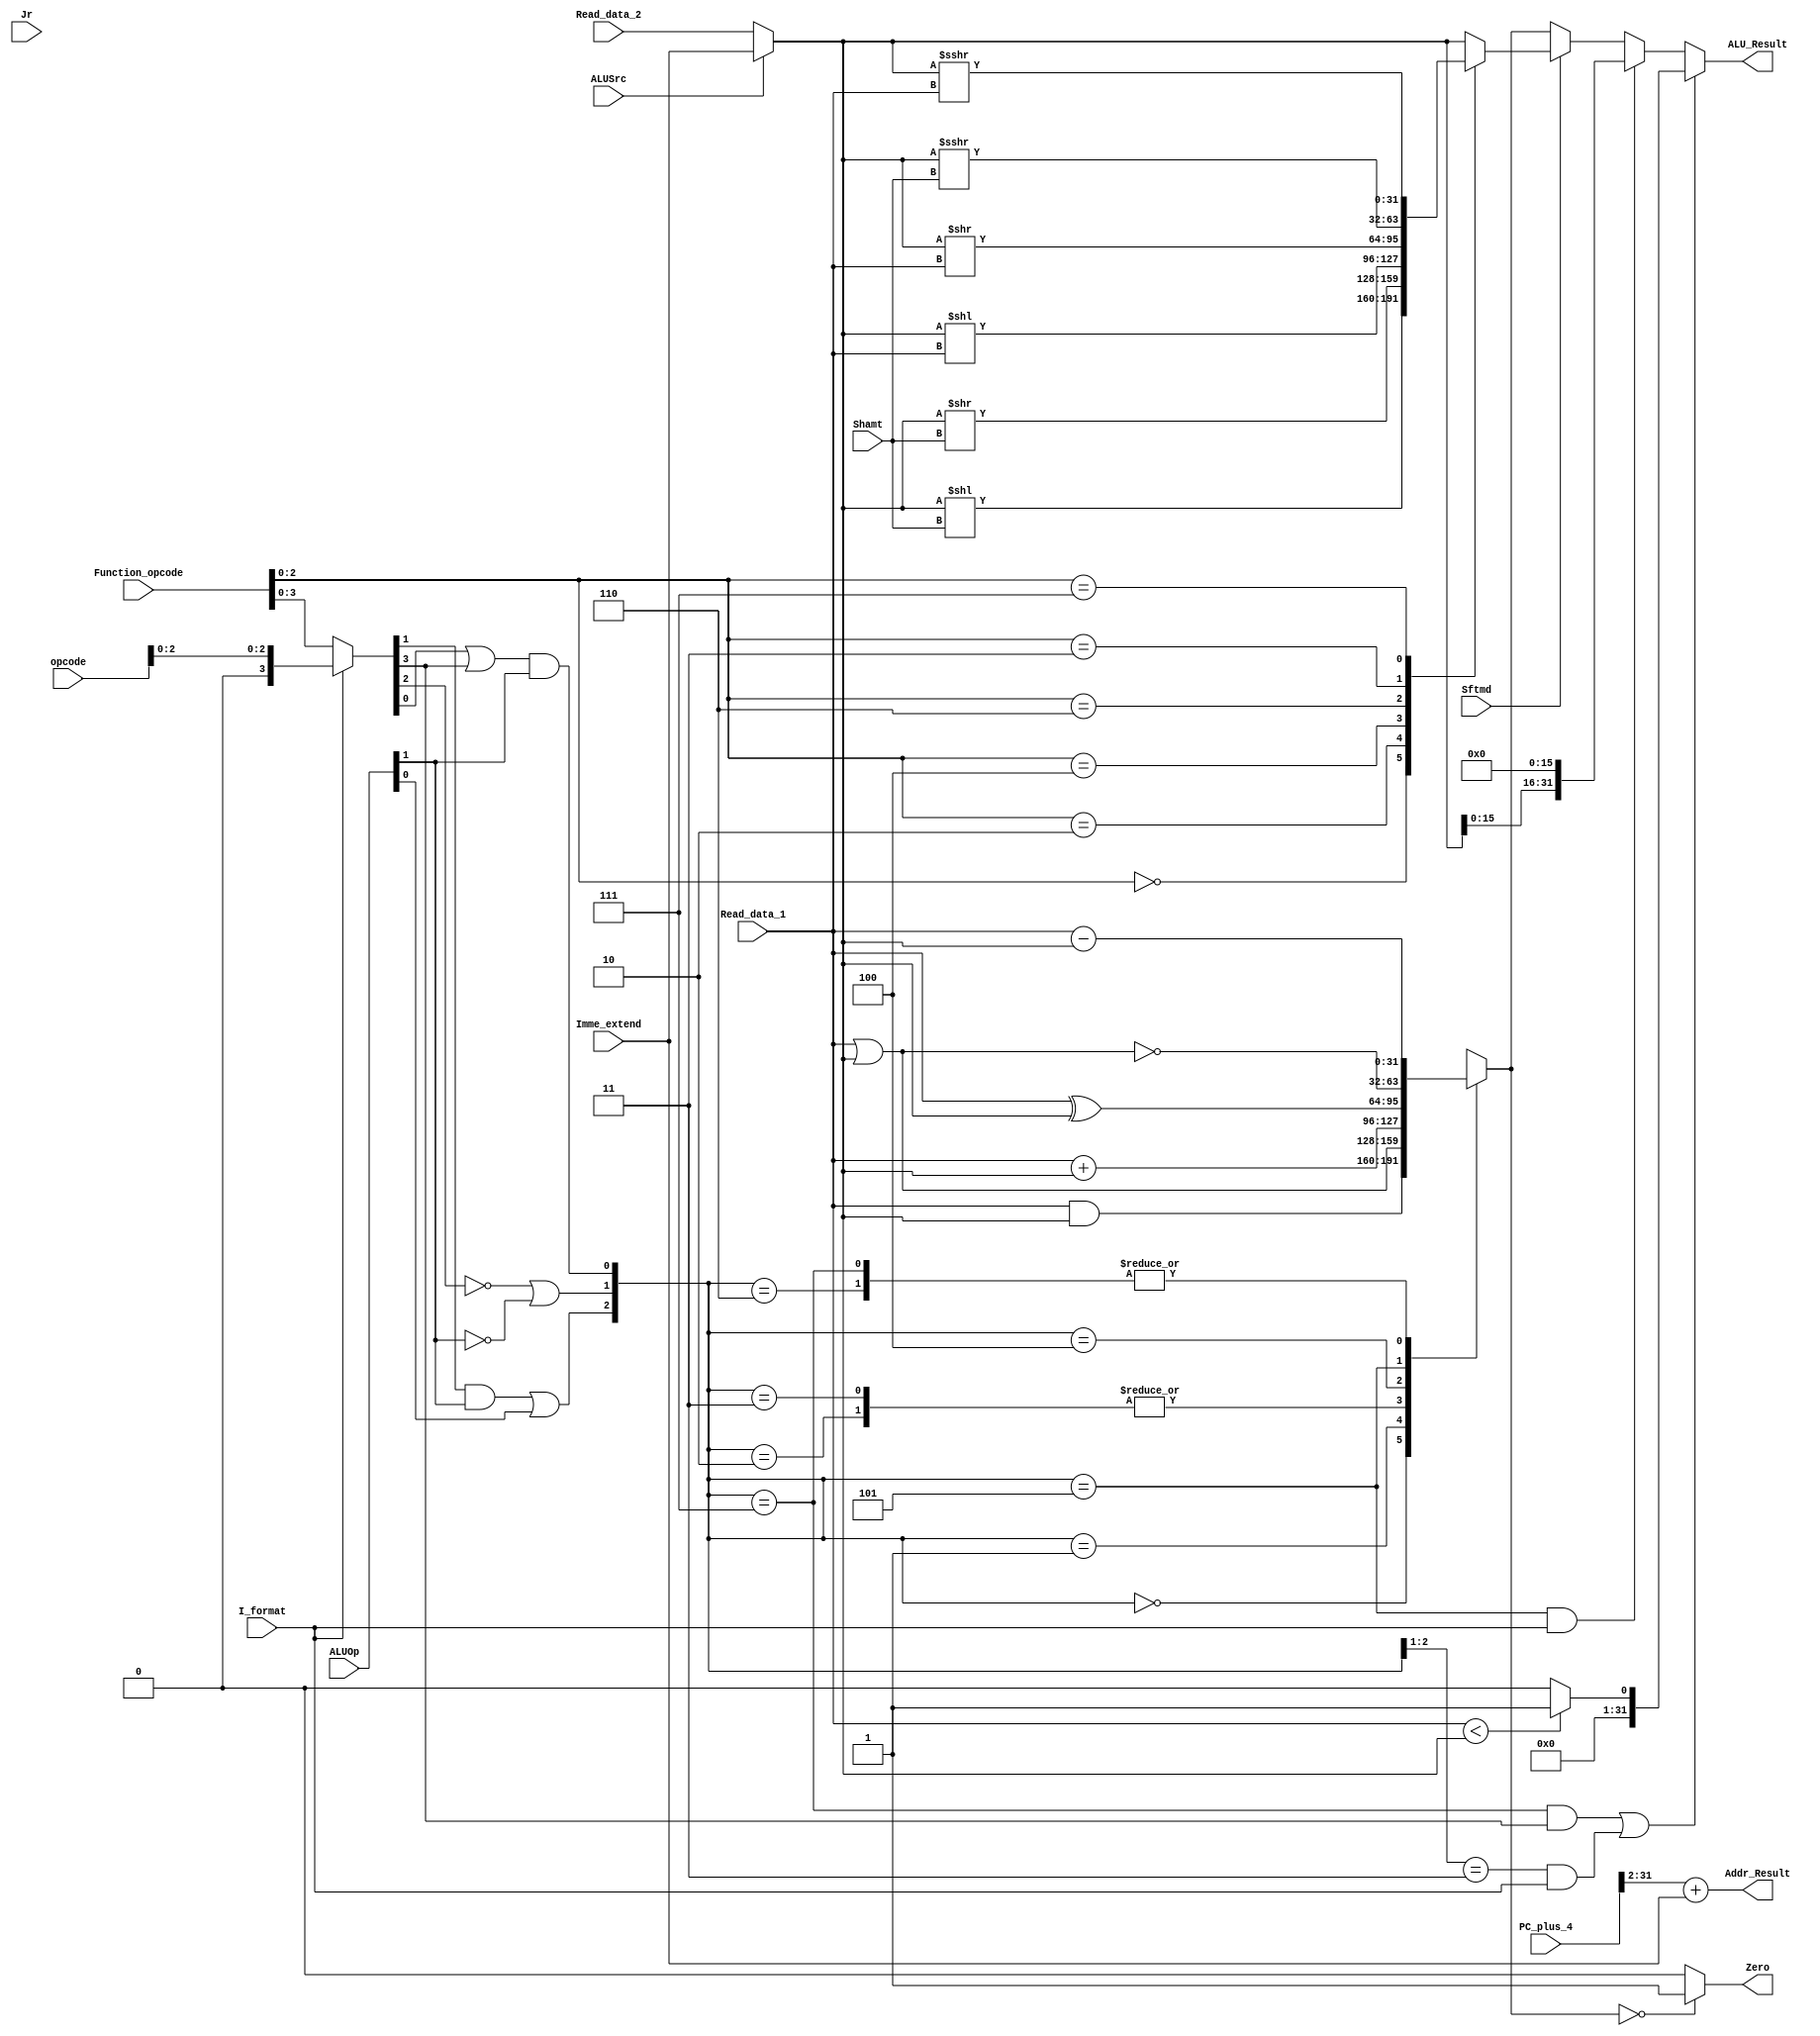
module ALU(
    Read_data_1, Read_data_2, Imme_extend, Function_opcode, opcode, ALUOp, Shamt, Sftmd, ALUSrc, I_format, Jr, PC_plus_4,
    Zero, ALU_Result, Addr_Result
);
    // from decoder
    input [31:0] Read_data_1;           //the source of A_input
    input [31:0] Read_data_2;           //one of the sources of B_input
    input [31:0] Imme_extend;           //one of the sources of B_input 

    // from ifetch
    input [5:0] Function_opcode;        // instructions[5:0]
    input [5:0] opcode;                 // instruction[31:26]
    input [4:0] Shamt;                  // instruction[10:6], the amount of shift bits
    input [31:0] PC_plus_4;             // pc+4

    // from controller
    input [1:0] ALUOp;                  // { (R_format || I_format) , (Branch || nBranch) }
    input ALUSrc;                       // 1 means the 2nd operand is an immedite (except beq，bne）
    input I_format;                     // 1 means I-Type instruction except beq, bne, LW, SW
    input Sftmd;                        // 1 means this is a shift instruction
    input Jr;                           // 1 means this is a jr instruction 

    output Zero;                        // 1 means the ALU_output_mux is zero, 0 otherwise
    output reg [31:0] ALU_Result;       // the ALU calculation result
    output [31:0] Addr_Result;          // the calculated instruction address 

    wire[31:0] Ainput,Binput;           // two operands for calculation 

    wire[5:0] Exe_code;                 // use to generate ALU_ctrl. (I_format==0) ? Function_opcode : { 3'b000 , Opcode[2:0] }; 
    wire[2:0] ALU_ctl;                  // the control signals which affact operation in ALU directely 
    wire[2:0] Sftm;                     // identify the types of shift instruction, equals to Function_opcode[2:0]

    reg[31:0] Shift_Result;             // the result of shift operation 

    wire[32:0] Branch_Addr;             // the calculated address of the instruction, Addr_Result is Branch_Addr[31:0]


    assign Sftm = Function_opcode[2:0];
    assign Ainput = Read_data_1;
    assign Binput = (ALUSrc == 1'b0) ? Read_data_2 : Imme_extend;
    
    assign Exe_code = (I_format == 1'b0) ? Function_opcode : { 3'b000 , opcode[2:0] };
    assign ALU_ctl[0] = (Exe_code[0] | Exe_code[3]) & ALUOp[1];
    assign ALU_ctl[1] = ( (!Exe_code[2]) | (!ALUOp[1]) );
    assign ALU_ctl[2] = (Exe_code[1] & ALUOp[1]) | ALUOp[0];

    assign Zero = ALU_output_mux == 32'd0 ? 1'b1 : 1'b0;
    assign Branch_Addr = PC_plus_4[31:2] + Imme_extend;
    assign Addr_Result = Branch_Addr;

    always @* begin // six types of shift instructions 
        if(Sftmd) begin
            case(Sftm[2:0]) 
                3'b000:Shift_Result = Binput << Shamt; //Sll rd,rt,shamt 00000 
                3'b010:Shift_Result = Binput >> Shamt; //Srl rd,rt,shamt 00010 
                3'b100:Shift_Result = Binput << Ainput; //Sllv rd,rt,rs 000100 
                3'b110:Shift_Result = Binput >> Ainput; //Srlv rd,rt,rs 000110 
                3'b011:Shift_Result = $signed(Binput) >>> Shamt; //Sra rd,rt,shamt 00011 
                3'b111:Shift_Result = $signed(Binput) >>> Ainput; //Srav rd,rt,rs 00111 
                default:Shift_Result = Binput; 
            endcase 
        end
        else begin
            Shift_Result = Binput; 
        end
    end
    // always @* begin // six types of shift instructions 
    //     if(Sftmd) begin
    //         case(Sftm[2:0]) 
    //             3'b000:Shift_Result = Binput << Shamt; //Sll rd,rt,shamt 00000 
    //             3'b010:Shift_Result = ???; //Srl rd,rt,shamt 00010 
    //             3'b100:Shift_Result = Binput << Ainput; //Sllv rd,rt,rs 000100 
    //             3'b110:Shift_Result = ???; //Srlv rd,rt,rs 000110 
    //             3'b011:Shift_Result = ???; //Sra rd,rt,shamt 00011 
    //             3'b111:Shift_Result = ???; //Srav rd,rt,rs 00111 
    //             default:Shift_Result = Binput; 
    //         endcase 
    //     end
    //     else begin
    //         Shift_Result = Binput; 
    //     end
    // end
    // From practice 2.2

    reg[31:0] ALU_output_mux;           // the result of arithmetic or logic calculation 
    always @(ALU_ctl or Ainput or Binput) begin
        case (ALU_ctl)
            3'b000 : ALU_output_mux = Ainput & Binput;
            3'b001 : ALU_output_mux = Ainput | Binput;
            3'b010 : ALU_output_mux = Ainput + Binput;
            3'b011 : ALU_output_mux = Ainput + Binput; 
            3'b100 : ALU_output_mux = Ainput ^ Binput; 
            3'b101 : ALU_output_mux = ~(Ainput | Binput); 
            3'b110 : ALU_output_mux = Ainput - Binput;
            3'b111 : ALU_output_mux = Ainput - Binput; 
            default: ALU_output_mux = 32'h00000000;
        endcase
    end

    always @* begin 
        //set type operation (slt, slti, sltu, sltiu) 
        if(((ALU_ctl==3'b111) && (Exe_code[3]==1))||((ALU_ctl[2:1]==2'b11) && (I_format==1))) begin 
            ALU_Result =  ($signed(Ainput) < $signed(Binput)) ? 32'd1 : 32'd0; 
        end
        //lui operation 
        else if((ALU_ctl==3'b101) && (I_format==1)) begin 
            ALU_Result[31:0]={Binput[15:0],{16{1'b0}}}; 
        end
        //shift operation 
        else if(Sftmd==1) begin
            ALU_Result = Shift_Result; 
        end
        //other types of operation in ALU (arithmatic or logic calculation) 
        else begin
            ALU_Result = ALU_output_mux[31:0]; 
        end 
    end

endmodule